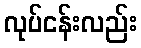
လုပ်ငန်းလည်း